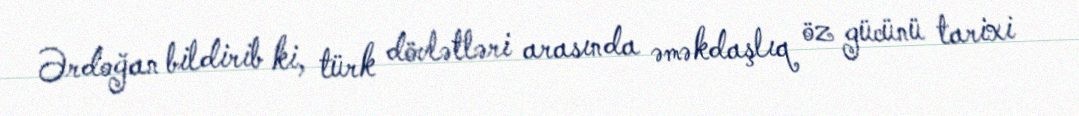
Ərdoğan bildirib ki, türk dövlətləri arasında əməkdaşlıq öz gücünü tarixi